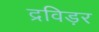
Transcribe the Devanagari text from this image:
द्रविड़र